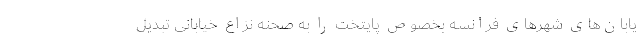
یابان‌های شهرهای فرانسه بخصوص پایتخت را به صحنه نزاع خیابانی تبدیل